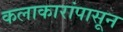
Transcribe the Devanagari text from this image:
कलाकारांपासून